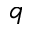
q